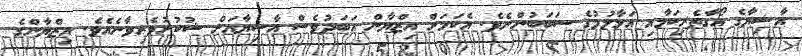
އާޝިޔާގެ އޯގާތެރިކަމާއި އަޅާލުމުގެ ސަބަބުންނެވެ. އެކަމަށް އިޒްޔާން އަބަދުވެސް އާޝިޔާއަށް ޝުކުރުވެރިވާނެއެވެ. އިޒްޔާންގެ